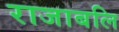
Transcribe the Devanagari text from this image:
राजाबलि